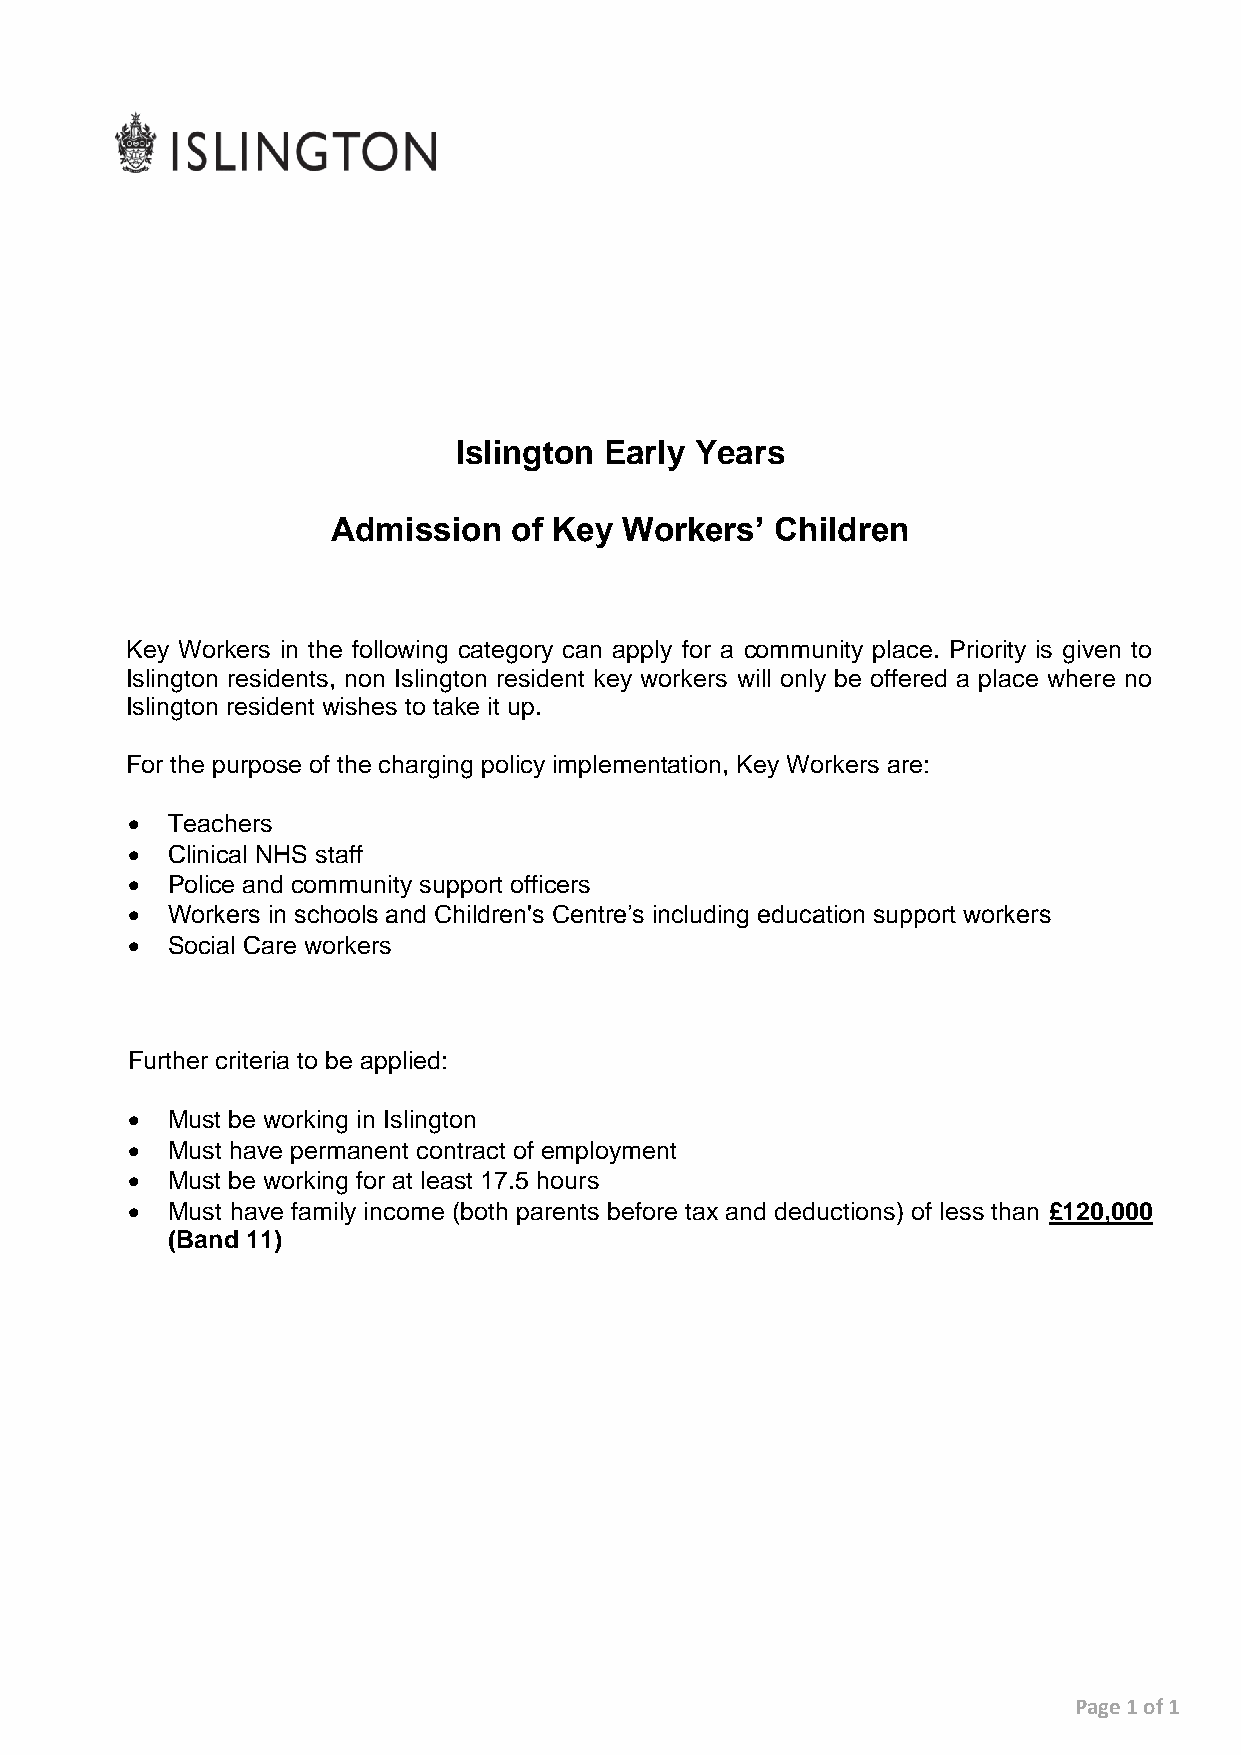
Islington Early Years
 Admission   of Key Workers’  Children
 Key Workers in the following category can apply for a community place. Priority is given to
 Islington residents, non Islington resident key workers will only be offered a place where no
 Islington resident wishes to take it up.
 For the purpose of the charging policy implementation, Key Workers are:
   Teachers
   Clinical NHS staff
   Police and community support officers
   Workers in schools and Children's Centre’s including education support workers
   Social Care workers
 Further criteria to be applied:
   Must be working in Islington
   Must have permanent contract of employment
   Must be working for at least 17.5 hours
   Must have family income (both parents before tax and deductions) of less than £120,000
 (Band 11)
 Page 1 of 1